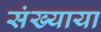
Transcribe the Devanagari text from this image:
संख्याया